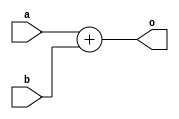
module sub_test (
    input a,b,
    output o
);
   assign o=a+b; 
endmodule

module top_module (
    input a,b,
    output c
);
   sub_test test(a,b,c); 
endmodule